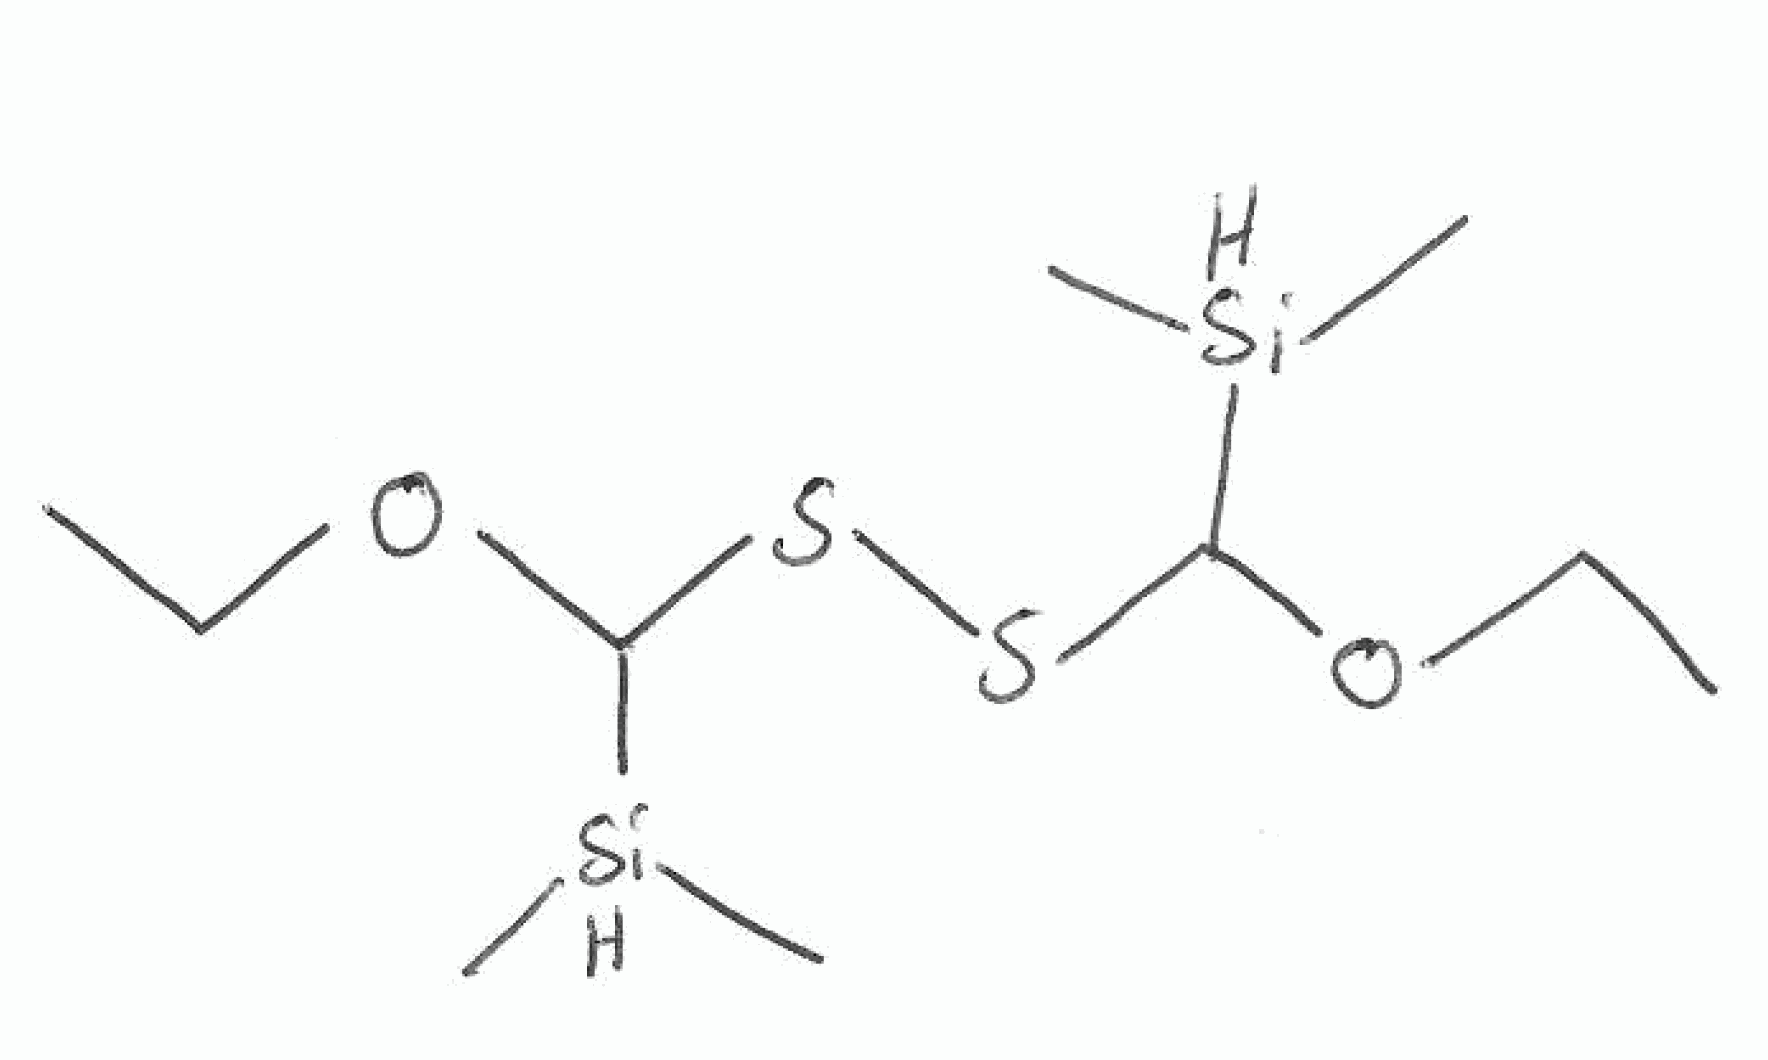
Simplified molecular-input line-entry system (SMILES) notation of the given molecule:
CCOC([SiH](C)C)SSC(OCC)[SiH](C)C